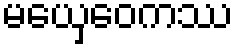
မယှေဝေကဿ